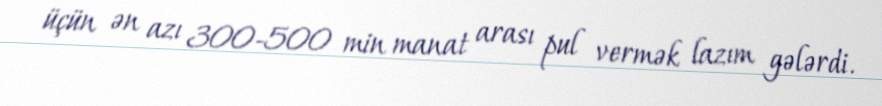
üçün ən azı 300-500 min manat arası pul vermək lazım gələrdi.